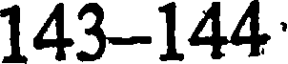
143-144